画像に写った文字を読んでください
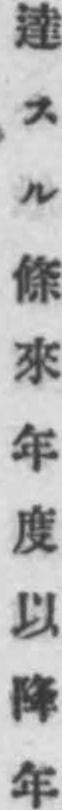
「達スル條來年度以降年」と書いてあります